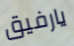
يارفيق